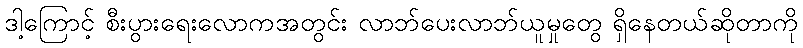
ဒါ့ကြောင့် စီးပွားရေးလောကအတွင်း လာဘ်ပေးလာဘ်ယူမှုတွေ ရှိနေတယ်ဆိုတာကို